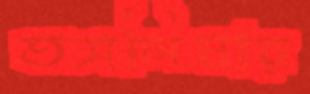
তসলিমার